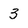
Character: 3